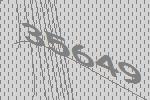
35649